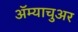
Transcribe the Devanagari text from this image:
अॅम्याचुअर